Calcutta medical institutions reports 1871-78
Year: 1871
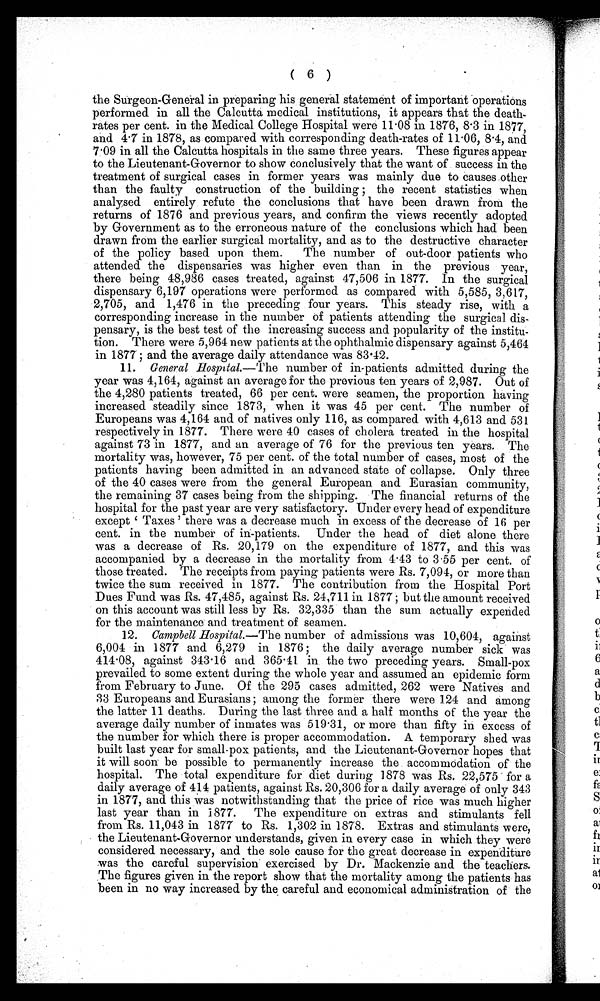
( 6 )
the Surgeon-General in preparing his general statement of important operations
performed in all the Calcutta medical institutions, it appears that the death
-rates per cent. in the Medical College Hospital were 11.08 in 1876, 8.3 in 1877,
and 4.7 in 1878, as compared with corresponding death-rates of 11.06, 8.4, and
7.09 in all the Calcutta hospitals in the same three years. These figures appear
to the Lieutenant-Governor to show conclusively that the want of success in the
treatment of surgical cases in former years was mainly due to causes other
than the faulty construction of the building; the recent statistics when
analysed entirely refute the conclusions that have been drawn from the
returns of 1876 and previous years, and confirm the views recently adopted
by Government as to the erroneous nature of the conclusions which had been
drawn from the earlier surgical mortality, and as to the destructive character
of the policy based upon them. The number of out-door patients who
attended the dispensaries was higher even than in the previous year,
there being 48,986 cases treated, against 47,506 in 1877. In the surgical
dispensary 6,197 operations were performed as compared with 5,585, 3,617,
2,705, and 1,476 in the preceding four years. This steady rise, with a
corresponding increase in the number of patients attending the surgical dis-
pensary, is the best test of the increasing success and popularity of the institu
-tion. There were 5,964 new patients at the ophthalmic dispensary against 5,464
in 1877; and the average daily attendance was 83.42.
11. General Hospital.— The number of in-patients admitted during the
year was 4,164, against an average for the previous ten years of 2,987. Out of
the 4,280 patients treated, 66 per cent. were seamen, the proportion having
increased steadily since 1873, when it was 45 per cent. The number of
Europeans was 4,164 and of natives only 116, as compared with 4,613 and 531
respectively in 1877. There were 40 cases of cholera treated in the hospital
against 73 in 1877, and an average of 76 for the previous ten years. The
mortality was, however, 75 per cent. of the total number of cases, most of the
patients having been admitted in an advanced state of collapse. Only three
of the 40 cases were from the general European and Eurasian community,
the remaining 37 cases being from the shipping. The financial returns of the
hospital for the past year are very satisfactory. Under every head of expenditure
except 'Taxes' there was a decrease much in excess of the decrease of 16 per
cent. in the number of in-patients. Under the head of diet alone there
was a decrease of Rs. 20,179 on the expenditure of 1877, and this was
accompanied by a decrease in the mortality from 4.43 to 3.55 per cent. of
those treated. The receipts from paying patients were Rs. 7,094, or more than
twice the sum received in 1877. The contribution from the Hospital Port
Dues Fund was Rs. 47,485, against Rs. 24,711 in 1877; but the amount received
on this account was still less by Rs. 32,335 than the sum actually expended
for the maintenance and treatment of seamen.
12.
Campbell Hospital.—The number of admissions was 10,604, against
6,004 in 1877 and 6,279 in 1876; the daily average number sick was
414.08, against 343.16 and 365.41 in the two preceding years. Small-pox
prevailed to some extent during the whole year and assumed an epidemic form
from February to June. Of the 295 cases admitted, 262 were Natives and
33 Europeans and Eurasians; among the former there were 124 and among
the latter 11 deaths. During the last three and a half months of the year the
average daily number of inmates was 519.31, or more than fifty in excess of
the number for which there is proper accommodation. A temporary shed was
built last year for small-pox patients, and the Lieutenant-Governor hopes that
it will soon be possible to permanently increase the accommodation of the
hospital. The total expenditure for diet during 1878 was Rs. 22,575 for a
daily average of 414 patients, against Rs. 20,306 for a daily average of only 343
in 1877, and this was notwithstanding that the price of rice was much higher
last year than in 1877. The expenditure on extras and stimulants fell
from Rs. 11,043 in 1877 to Rs. 1,302 in 1878. Extras and stimulants were,
the Lieutenant-Governor understands, given in every case in which they were
considered necessary, and the sole cause for the great decrease in expenditure
was the careful supervision exercised by Dr. Mackenzie and the teachers.
The figures given in the report show that the mortality among the patients has
been in no way increased by the careful and economical administration of the